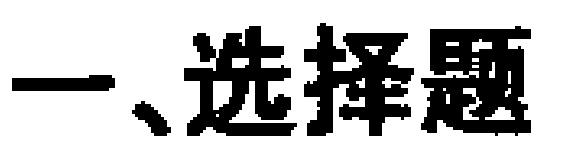
一、选择题